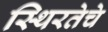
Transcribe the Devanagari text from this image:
स्थिरतेचे